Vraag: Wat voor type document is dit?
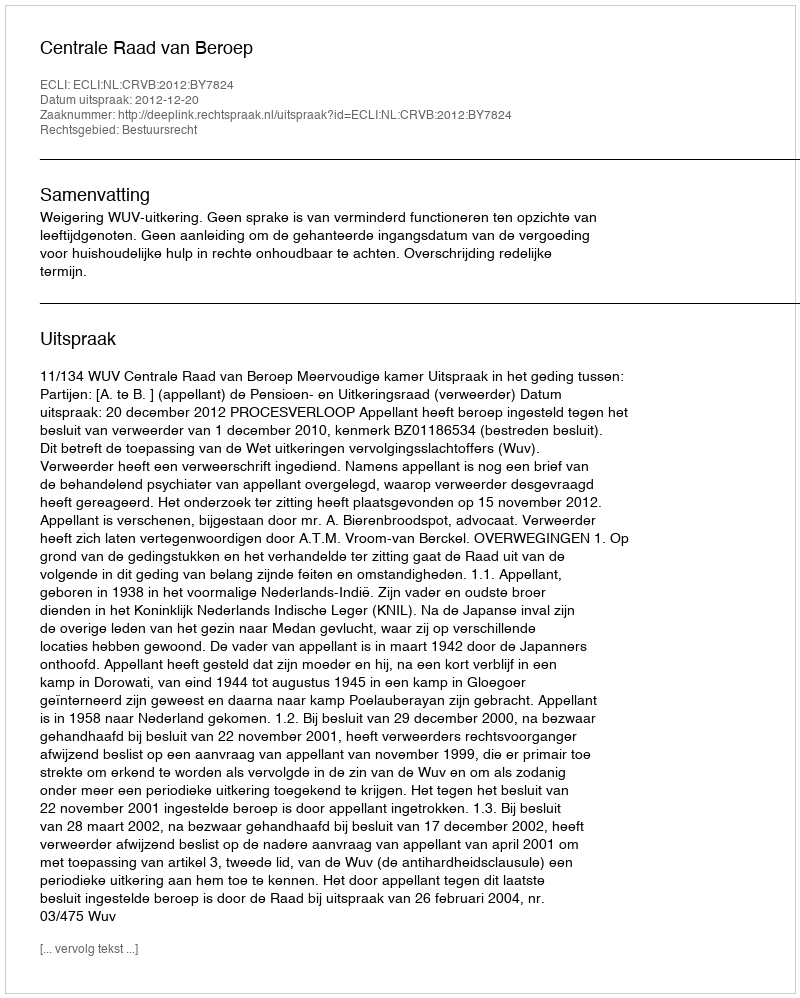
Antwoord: Uitspraak